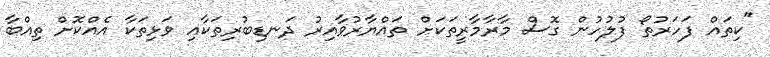
"ކިތައް ފަހަރުތޯ ފުލުހުން ގޮސް މާރާމާރީތަކަށް ތައްޔާރުވާއިރު ދަނޑިބުރިތަކާއި ވަޅިތަކާ އެއްކޮށް ތިއްބާ